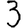
Digit: 3